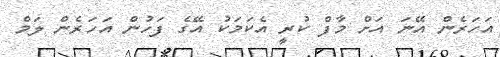
އަހަރެން އޭނަ އަށް މާފް ކުރީ އެކަމަކު އޭގެ ފަހުން އަހަރެން ލަމް